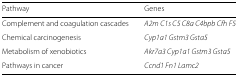
<table><thead><tr><td><b>Pathway</b></td><td><b>Genes</b></td></tr></thead><tbody><tr><td>Complement and coagulation cascades</td><td><i>A2m C1s C5 C8a C4bpb Cfh F5</i></td></tr><tr><td>Chemical carcinogenesis</td><td><i>Cyp1a1 Gstm3 Gsta5</i></td></tr><tr><td>Metabolism of xenobiotics</td><td><i>Akr7a3 Cyp1a1 Gstm3 Gsta5</i></td></tr><tr><td>Pathways in cancer</td><td><i>Ccnd1 Fn1 Lamc2</i></td></tr></tbody></table>